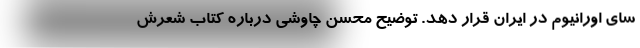
سای اورانیوم در ایران قرار دهد. توضیح محسن چاوشی درباره کتاب شعرش